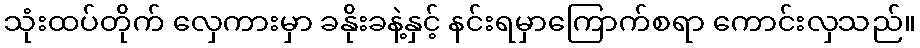
သုံးထပ်တိုက် လှေကားမှာ ခနိုးခနဲ့နှင့် နင်းရမှာကြောက်စရာ ကောင်းလှသည်။